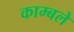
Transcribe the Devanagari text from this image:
काम्बले